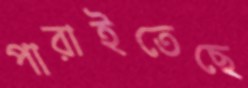
পারাইতেছে